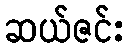
ဆယ်ဇင်း